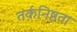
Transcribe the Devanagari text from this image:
तर्कनिष्ठता